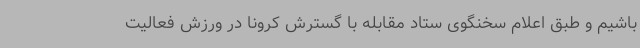
باشیم و طبق اعلام سخنگوی ستاد مقابله با گسترش کرونا در ورزش فعالیت